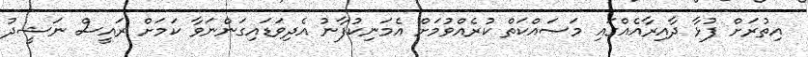
އިތުރަށް ފުޅާ ދާއިރާއެއްގައި މަސައްކަތް ކުރެއްވުމަށް އެމަނިކުފާނު އެދިވަޑައިގަންނަވާ ކަމަށް ރައީސް ނަޝީދު